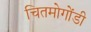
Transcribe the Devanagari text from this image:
चितमोगोंडी